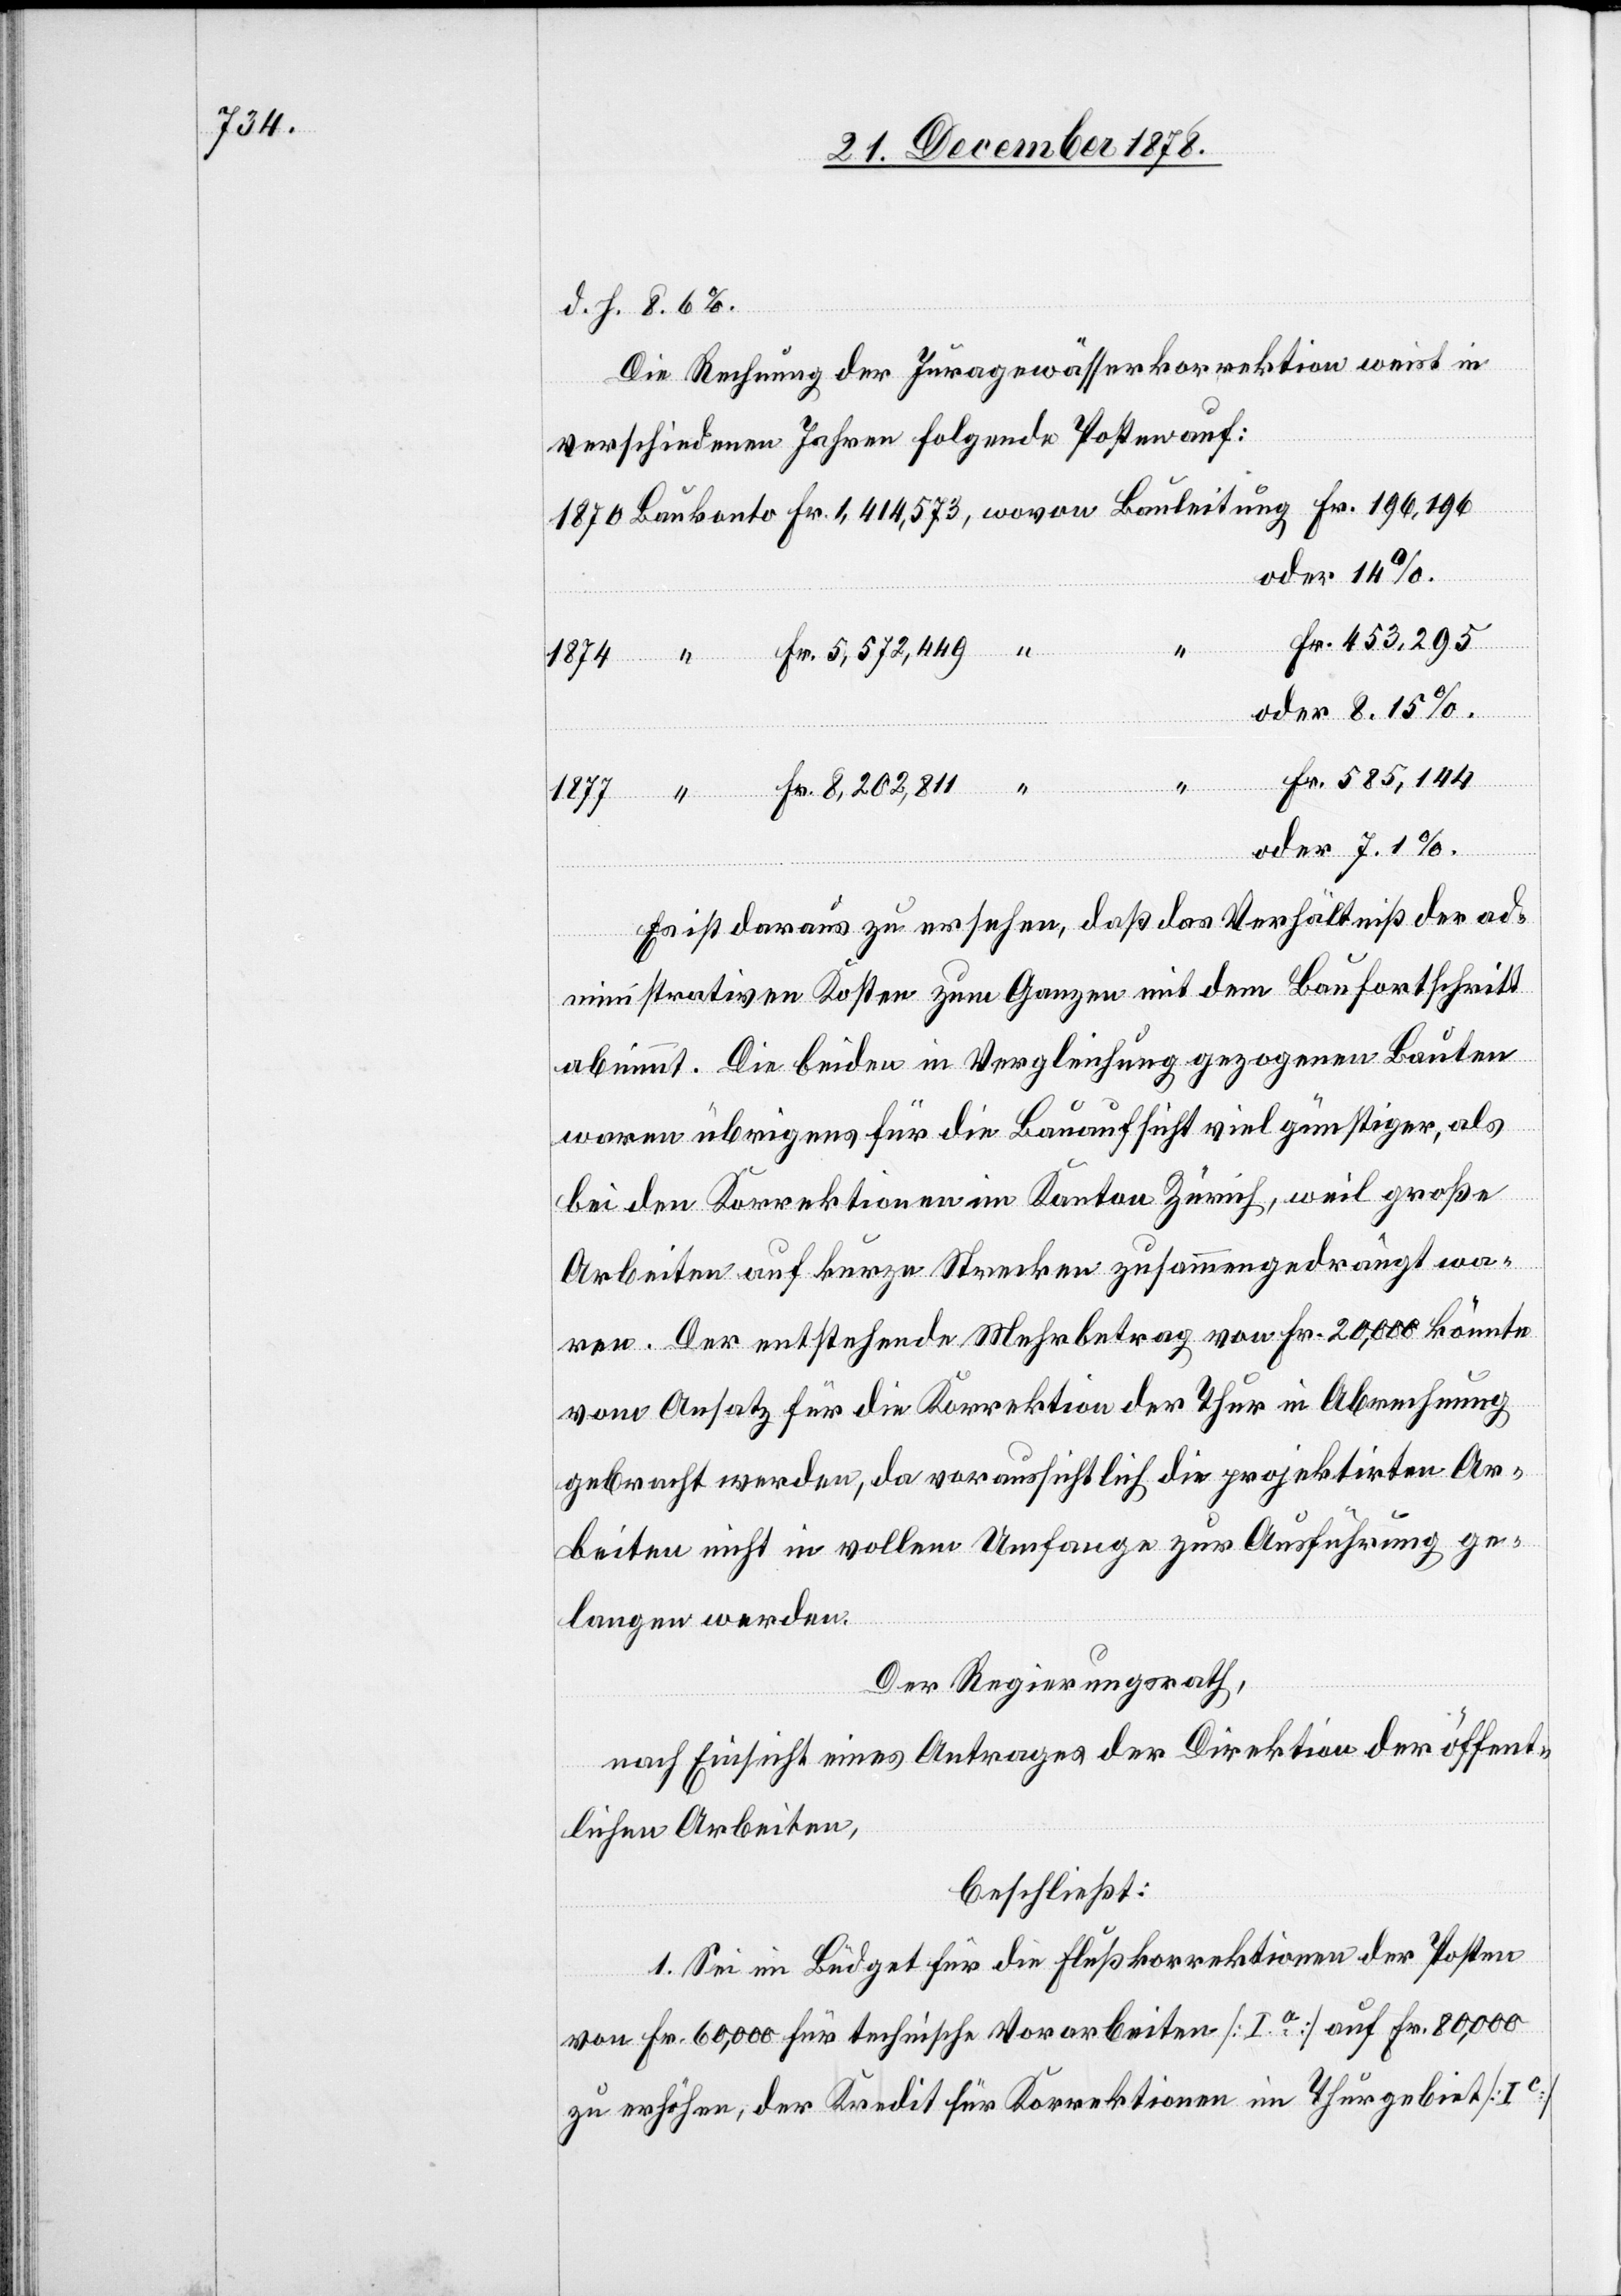
d. h. 8.6%.
Die Rechnung der Juragewässerkorrektion weist in
verschiedenen Jahren folgende Posten auf:
oder
leitung
Fr.
Es ist daraus zu ersehen, daß das Verhältniß der ad¬
ministrativen Kosten zum Ganzen mit dem Baufortschritt
abnimmt. Die beiden in Vergleichung gezogenen Bauten
waren übrigens für die Bauaufsicht viel günstiger, als
bei den Korrektionen im Kanton Zürich, weil große
Arbeiten auf kurze Strecken zusammengedrängt wa¬
ren. Der entstehende Mehrbetrag von Fr. 20,000 könnte
vom Ansatz für die Korrektion der Thur in Abrechnung
gebracht werden, da voraussichtlich die projektirten Ar¬
beiten nicht in vollem Umfange zur Ausführung ge¬
langen werden.
Der Regierungsrath,
nach Einsicht eines Antrages der Direktion der öffent¬
lichen Arbeiten,
beschließt:
1. Sei im Büdget für die Flußkorrektionen der Posten
von Fr. 60,000 für technische Vorarbeiten [I.a] auf Fr. 80,000
zu erhöhen, der Kredit für Korrektionen im Thurgebiet [Ic]